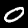
Label: 0